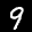
Label: 9